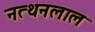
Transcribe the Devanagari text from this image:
नत्थनलाल